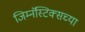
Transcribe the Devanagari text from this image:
जिम्नॅस्टिक्सच्या